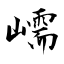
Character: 嶿